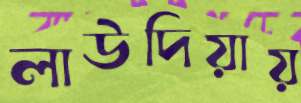
লাউদিয়ায়